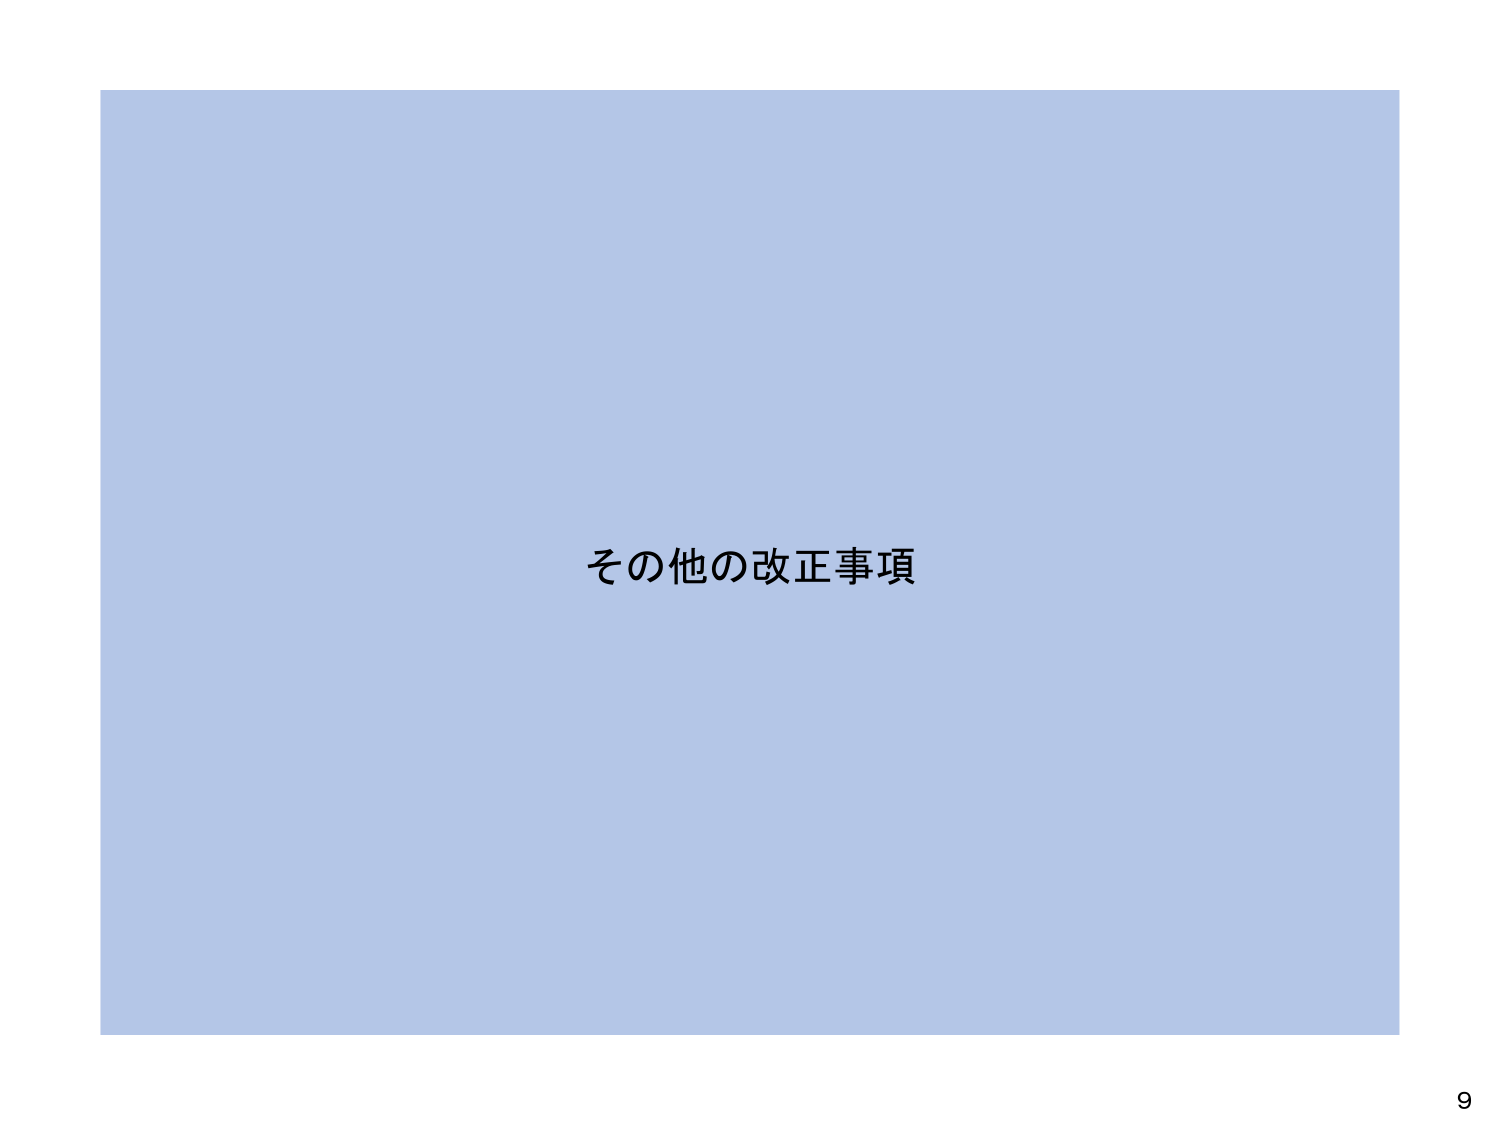
その他の改正事項

9